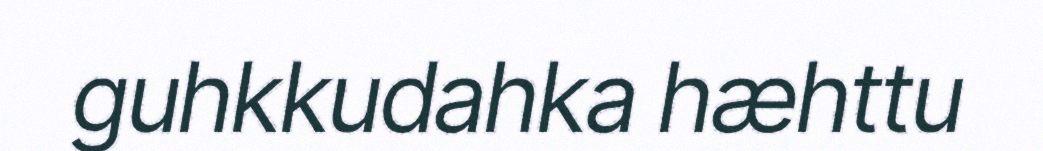
guhkkudahka hæhttu